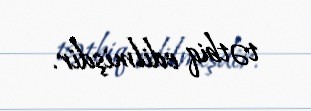
tətbiq edilmişdir.